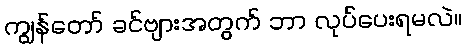
ကျွန်တော် ခင်ဗျားအတွက် ဘာ လုပ်ပေးရမလဲ။